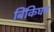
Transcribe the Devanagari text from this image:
बिंकिघम